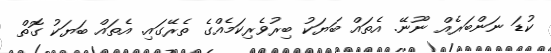
ކުޑަ ނަންބަރެއް ނޫނޭ. އެތައް ބަޔަކު ބިރުވެރިކަމެއްގެ ތެރޭގައި. އެތައް ބަޔަކު ގޮތް